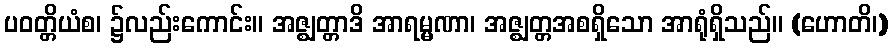
ပဝတ္တိယံစ၊ ၌လည်းကောင်း။ အဇ္ဈတ္တာဒိ အာရမ္မဏာ၊ အဇ္ဈတ္တအစရှိသော အာရုံရှိသည်။ (ဟောတိ၊)